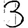
Digit: 3